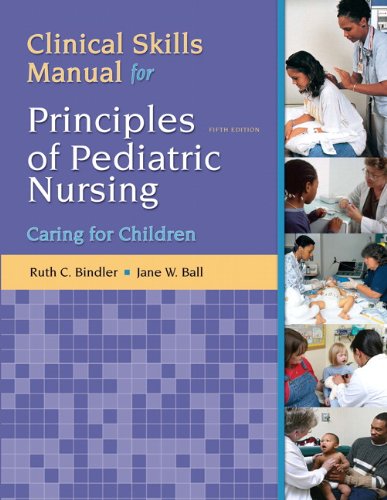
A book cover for Clinical Skills Manual for Principles of Pediatric Nursing: Caring for Children (5th Edition); Jane W. Ball DrPH  RN  CPNP; Medical Books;